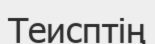
Теисптің